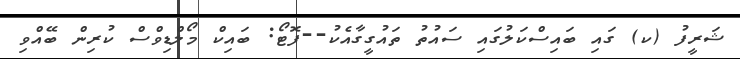
ޝަރީފު (ކ) ގައި ބައިސްކަލުގައި ސައުތު ތައުގީގާއެކު--ފޮޓޯ: ބައިކް މޯލްޑިވްސް ކުރިން ބޭއްވި